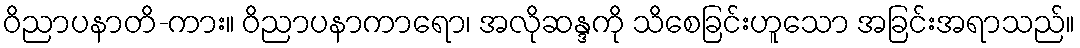
ဝိညာပနာတိ-ကား။ ဝိညာပနာကာရော၊ အလိုဆန္ဒကို သိစေခြင်းဟူသော အခြင်းအရာသည်။